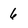
Character: 6